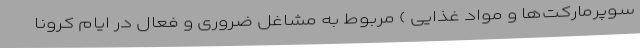
سوپرمارکت‌ها و مواد غذایی ) مربوط به مشاغل ضروری و فعال در ایام کرونا